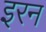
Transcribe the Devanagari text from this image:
इरन